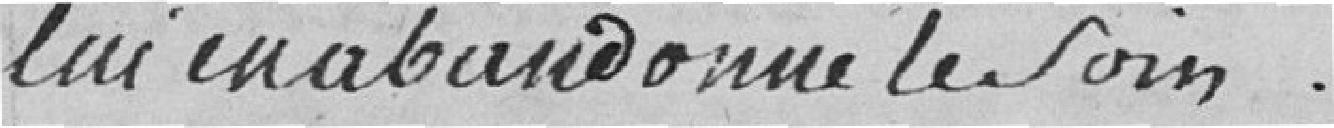
lui en abandonne le soin.